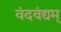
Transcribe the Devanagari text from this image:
वंदवंद्यम्